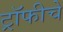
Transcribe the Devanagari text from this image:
ट्रॉफीचे